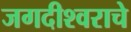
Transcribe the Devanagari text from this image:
जगदीश्वराचे